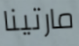
مارتينا